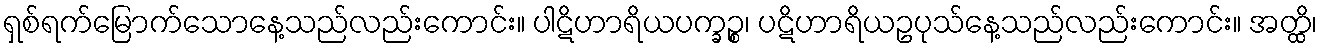
ရှစ်ရက်မြောက်သောနေ့သည်လည်းကောင်း။ ပါဋိဟာရိယပက္ခဉ္စ၊ ပဋိဟာရိယဥပုသ်နေ့သည်လည်းကောင်း။ အတ္ထိ၊